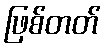
ဖြစ်တတ်